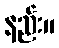
နည်း။